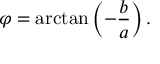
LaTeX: \varphi = \arctan \left( - { \frac { b } { a } } \right) .